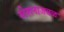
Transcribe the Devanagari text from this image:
स्टेशनाजवळ